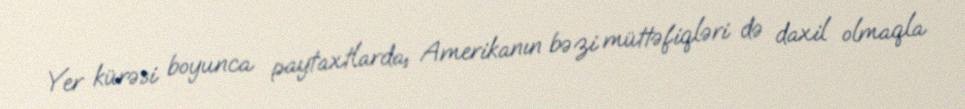
Yer kürəsi boyunca paytaxtlarda, Amerikanın bəzi müttəfiqləri də daxil olmaqla